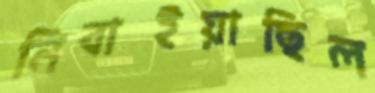
নিবাইয়াছিল